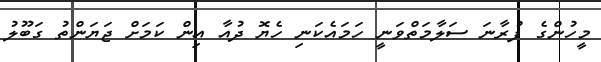
މީހުންގެ ފުރާނަ ސަލާމަތްވަނީ ހަމައެކަނި ހެޔޮ ދުއާ އިން ކަމަށް ޖަޔަންތު ގަބޫލު